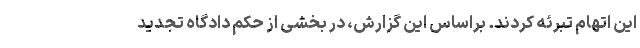
این اتهام تبرئه کردند. براساس این گزارش، در بخشی از حکم دادگاه تجدید